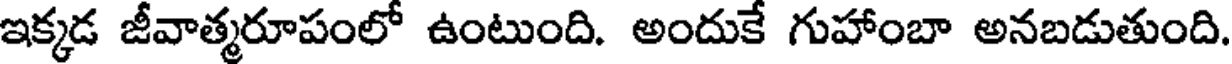
ఇక్కడ జీవాత్మరూపంలో ఉంటుంది. అందుకే గుహాంబా అనబడుతుంది.